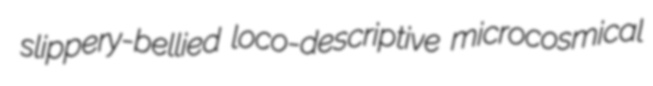
slippery-bellied loco-descriptive microcosmical